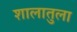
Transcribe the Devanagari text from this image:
शालातुला